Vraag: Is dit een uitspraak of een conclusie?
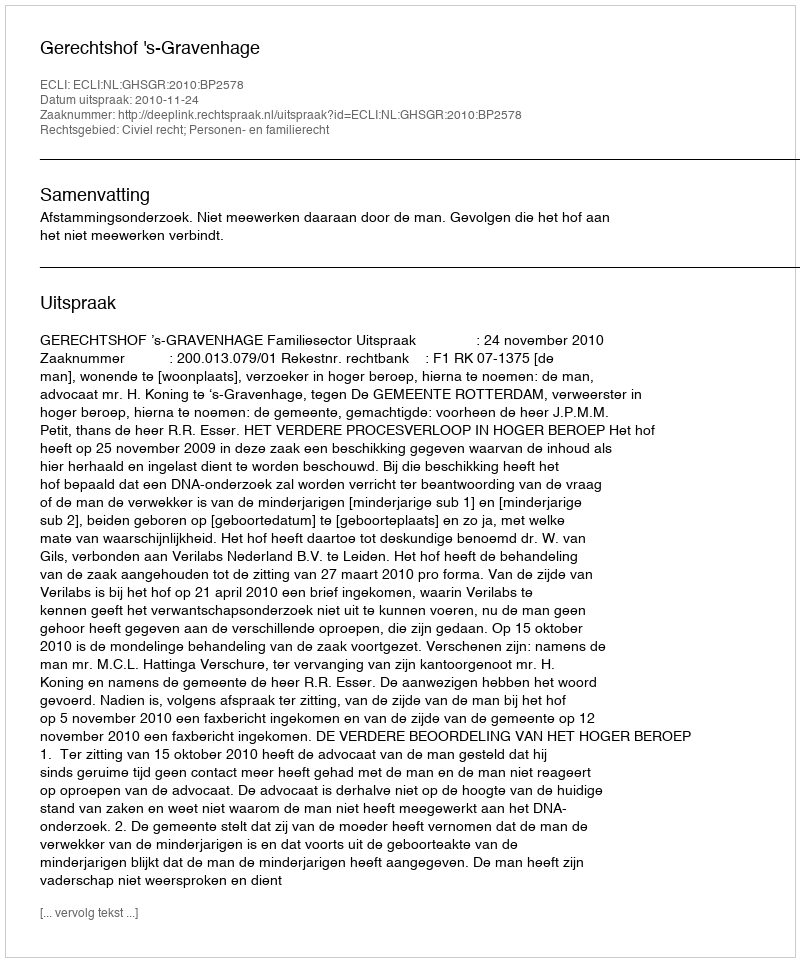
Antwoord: Uitspraak